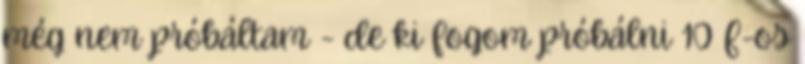
még nem próbáltam - de ki fogom próbálni 10µF-os